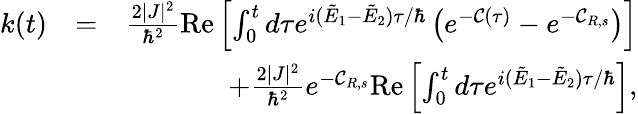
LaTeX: \begin{array}{rlr}{k(t)}&{=}&{\frac{2|J|^{2}}{\hbar^{2}}\mathrm{Re}\left[\int_{0}^{t}d\tau e^{i(\tilde{E}_{1}-\tilde{E}_{2})\tau/\hbar}\left(e^{-{\mathcal C}(\tau)}-e^{-{\mathcal C}_{R,s}}\right)\right]}\\ &{}&{+\frac{2|J|^{2}}{\hbar^{2}}e^{-{\mathcal C}_{R,s}}\mathrm{Re}\left[\int_{0}^{t}d\tau e^{i(\tilde{E}_{1}-\tilde{E}_{2})\tau/\hbar}\right],}\end{array}